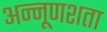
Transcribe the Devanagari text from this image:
अन्नूणशता